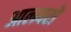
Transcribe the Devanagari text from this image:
आलवरों